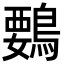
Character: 䳩